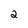
Character: 2